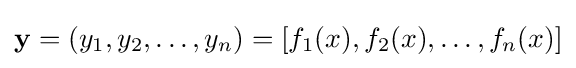
\mathbf {y} =(y_{1},y_{2},\ldots ,y_{n})=[f_{1}(x),f_{2}(x),\ldots ,f_{n}(x)]